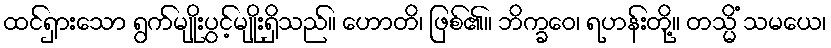
ထင်ရှားသော ရွက်မျိုးပွင့်မျိုးရှိသည်။ ဟောတိ၊ ဖြစ်၏။ ဘိက္ခဝေ၊ ရဟန်းတို့။ တသ္မိံ သမယေ၊